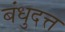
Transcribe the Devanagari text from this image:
बंधुदत्त